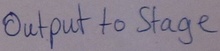
Text: output to stage